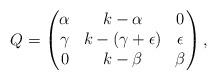
LaTeX: \begin{align*}Q=\begin{pmatrix}\alpha & k-\alpha & 0\\\gamma & k-(\gamma+\epsilon) & \epsilon\\0 & k-\beta & \beta\end{pmatrix},\end{align*}